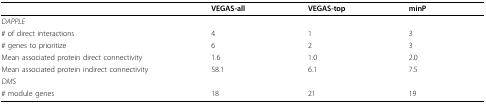
|  | VEGAS-all | VEGAS-top | minP |
 | --- | --- | --- | --- |
 | DAPPLE |  |  |  |
 | # of direct interactions | 4 | 1 | 3 |
 | # genes to prioritize | 6 | 2 | 3 |
 | Mean associated protein direct connectivity | 1.6 | 1.0 | 2.0 |
 | Mean associated protein indirect connectivity | 58.1 | 6.1 | 7.5 |
 | DMS |  |  |  |
 | # module genes | 18 | 21 | 19 |